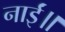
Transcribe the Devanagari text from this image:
नाईं॥